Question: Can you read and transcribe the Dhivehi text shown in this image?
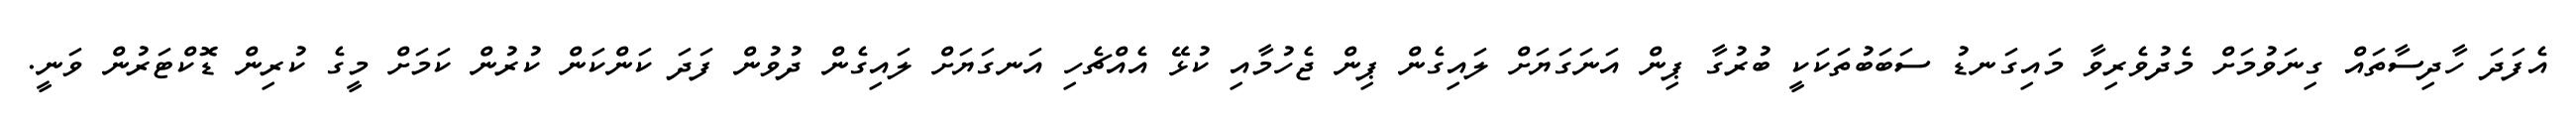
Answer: އެފަދަ ހާދިސާތައް ގިނަވުމަށް މެދުވެރިވާ މައިގަނޑު ސަބަބުތަކަކީ ބުރުގާ ޕިން އަނަގަޔަށް ލައިގެން ޕިން ޖެހުމާއި ކުޅޭ އެއްޗެހި އަނގަޔަށް ލައިގެން ދުވުން ފަދަ ކަންކަން ކުރުން ކަމަށް މީގެ ކުރިން ޑޮކްޓަރުން ވަނީ.